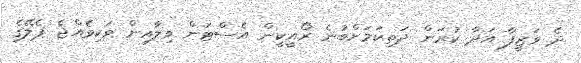
ދެ ވަޒީފާ އަދާ ކުރަން ދަތިކަމަށްބުނެ ރޯއީކީން އެސްޓަން ވިލާއިން ވަކިވެއްޖެ ޕެލޭގެ